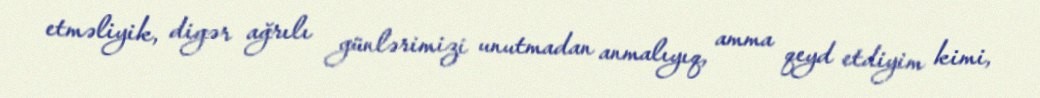
etməliyik, digər ağrılı günlərimizi unutmadan anmalıyıq, amma qeyd etdiyim kimi,